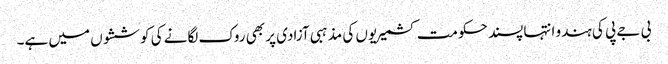
بی جے پی کی ہندو انتہا پسند حکومت کشمیریوں کی مذہبی آزادی پر بھی روک لگانے کی کوششوں میں ہے۔